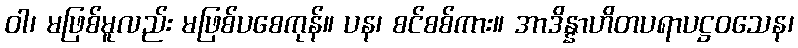
ဝါ၊ မဖြစ်မူလည်း မဖြစ်ပစေကုန်။ ပန၊ စင်စစ်ကား။ အာဒိန္နာဟိတပရာပဋ္ဌဝသေန၊